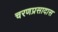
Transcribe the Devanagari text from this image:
चरणप्रसादास